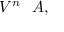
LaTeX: V ^ { n } \setminus A ,